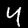
Digit: 4